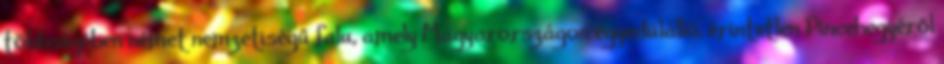
többségében német nemzetiségű falu, amely Magyarországon egyedülálló, érintetlen Pincehegyéről